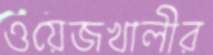
ওয়েজখালীর